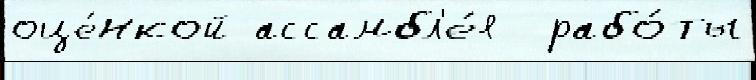
оце́нкой ассамбл'е́я  рабо́ты